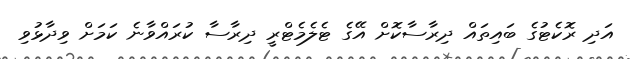
އަދި ރޮކެޓުގެ ބައިތައް ދިރާސާކޮށް އޭގެ ޓެލެމެޓްރީ ދިރާސާ ކުރައްވާނެ ކަމަށް ވިދާޅުވި